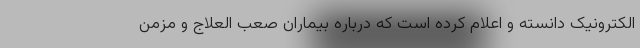
الکترونیک دانسته و اعلام کرده است که درباره بیماران صعب العلاج و مزمن